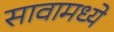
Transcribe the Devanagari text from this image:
सावामध्ये